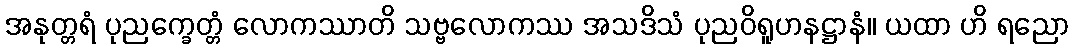
အနုတ္တရံ ပုညက္ခေတ္တံ လောကဿာတိ သဗ္ဗလောကဿ အသဒိသံ ပုညဝိရူဟနဋ္ဌာနံ။ ယထာ ဟိ ရညော